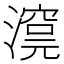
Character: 𣾊